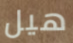
هيل